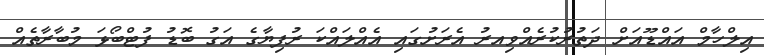
އިލްހާމް އައްޑޫއަށް ދަތުރުކުރެއްވިއރު އެރަށުގައި އެއްލައްކަ ރުފިޔާގެ އަގު ބޮޑު ފުޓްބޯޅަ މުބާރާތެއް